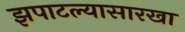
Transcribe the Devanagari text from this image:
झपाटल्यासारखा